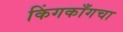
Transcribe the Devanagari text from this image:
किंगकाँगचा